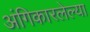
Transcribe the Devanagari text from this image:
अंगिकारलेल्या